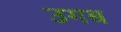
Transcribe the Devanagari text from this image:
उगब